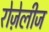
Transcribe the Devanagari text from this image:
रोज़ेलीज